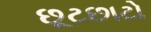
છૂટછાટો